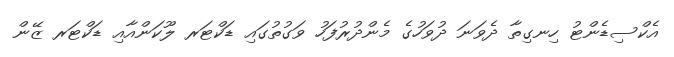
އެކްސިޑެންޓު ހިނގިތާ ދެވަނަ ދުވަހުގެ މެންދުރުފަހު ވަގުތުގައި ޑަކްޓަރ ލޫކަންއާއި ޑަކްޓަރ ޒޭން